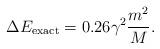
LaTeX: \begin{align*}\Delta E_{\rm exact} = 0.26 \gamma^2 \frac{m^2}{M}. \end{align*}